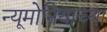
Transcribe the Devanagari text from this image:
न्यूमोनियाच्या